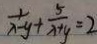
\frac { 1 } { x - y } + \frac { 5 } { x + y } = 2